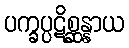
ပက္ခပ္ပဋိစ္ဆန္နာယ